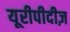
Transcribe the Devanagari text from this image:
यूरीपीदीज़